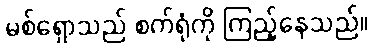
မစ်ရှောသည် စက်ရုံကို ကြည့်နေသည်။